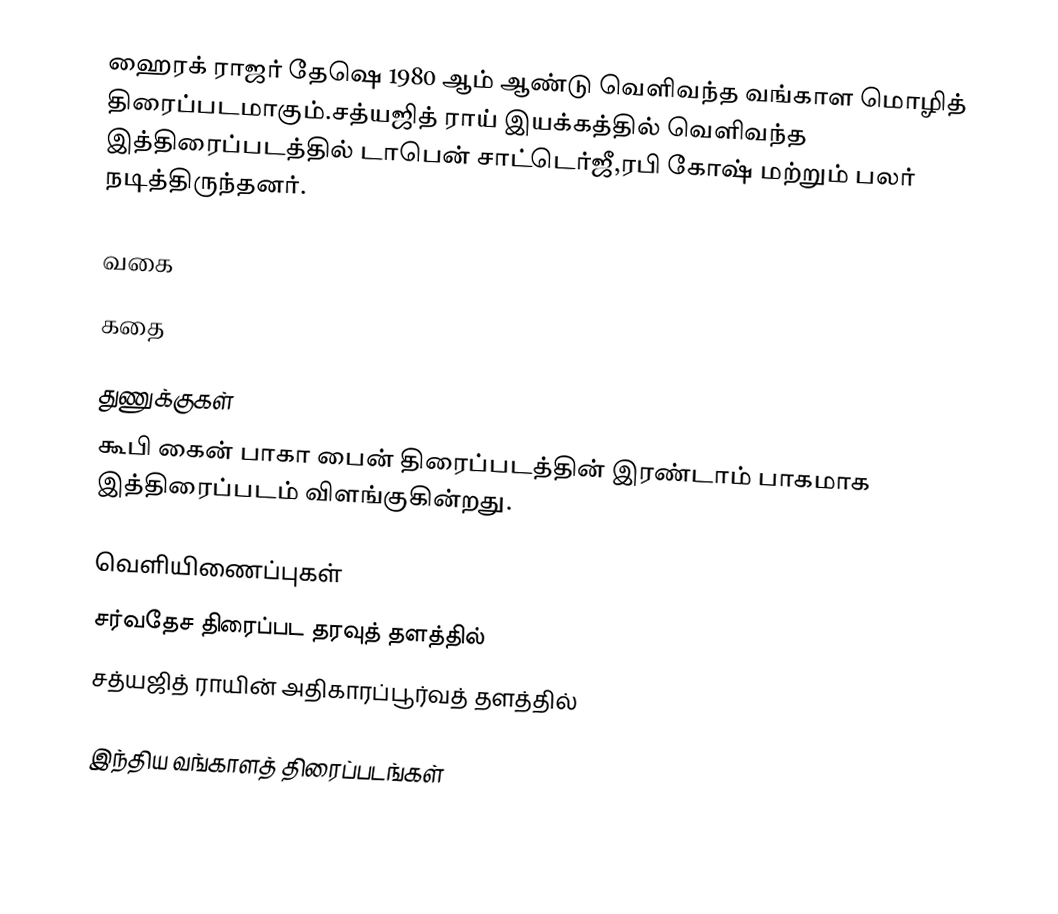
ஹைரக் ராஜர் தேஷெ 1980 ஆம் ஆண்டு வெளிவந்த வங்காள மொழித் திரைப்படமாகும்.சத்யஜித் ராய் இயக்கத்தில் வெளிவந்த இத்திரைப்படத்தில் டாபென் சாட்டெர்ஜீ,ரபி கோஷ் மற்றும் பலர் நடித்திருந்தனர்.

வகை

கதை

துணுக்குகள்
கூபி கைன் பாகா பைன் திரைப்படத்தின் இரண்டாம் பாகமாக இத்திரைப்படம் விளங்குகின்றது.

வெளியிணைப்புகள்
சர்வதேச திரைப்பட தரவுத் தளத்தில்
சத்யஜித் ராயின் அதிகாரப்பூர்வத் தளத்தில்

இந்திய வங்காளத் திரைப்படங்கள்